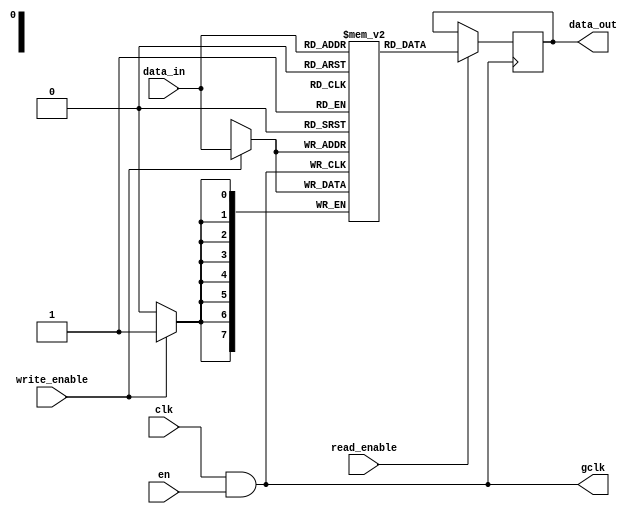
module conditional_clock_gating (
    input wire clk,      // Primary clock signal
    input wire en,       // Enable signal
    output wire gclk,    // Gated clock signal
    input wire [7:0] data_in,  // Data input for memory block
    output reg [7:0] data_out,  // Data output from memory block
    input wire write_enable,     // Write enable signal
    input wire read_enable        // Read enable signal
);

// Gating logic: AND gate to generate GCLK
assign gclk = clk & en;

// Memory block: Simple synchronous memory using flip-flops
reg [7:0] memory [0:255]; // Example memory size of 256 x 8 bits

// Memory operations
always @(posedge gclk) begin
    if (write_enable) begin
        // Write operation
        memory[data_in[7:0]] <= data_in; // Example address mapping
    end
end

always @(posedge gclk) begin
    if (read_enable) begin
        // Read operation
        data_out <= memory[data_in[7:0]]; // Example address mapping
    end
end

endmodule